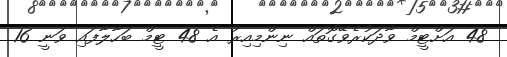
48 އަށްޓީމް ވާދަކުރެވޭގޮތައް ނިންމިއިރު އެ 48 ޓީމް ބަހާލާފައި ވަނީ 16